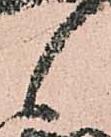
候